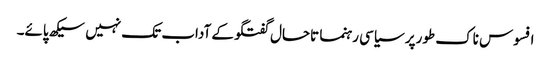
افسوس ناک طورپر سیاسی رہنما تاحال گفتگو کے آداب تک نہیں سیکھ پائے۔